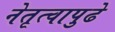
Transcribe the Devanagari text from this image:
नेतृत्वापुढे